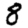
Digit: 8